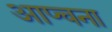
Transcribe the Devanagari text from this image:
आप्चना